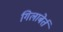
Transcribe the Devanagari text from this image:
गिलाबेर्त